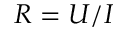
R = U / I